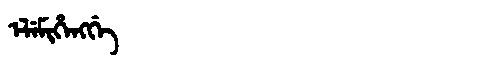
Manchu: ᡝᠯᡝᠮᡳᡥᡝᠩᡤᡝ
Romanization: ELEMIHENGGE